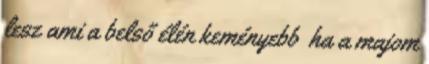
lesz ami a belső élén keményebb ha a majom